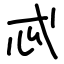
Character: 忒